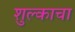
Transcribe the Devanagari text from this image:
शुल्काचा